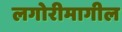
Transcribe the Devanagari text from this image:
लगोरीमागील